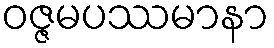
ဝဇ္ဇမပဿမာနာ